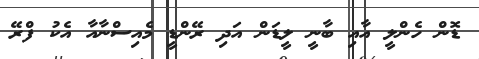
ޑޮން ހެންލީ އާއި ބާނީ ލީޑަން އަދި ރޭންޑީ މެއިސްނާއާ އެކު ފްރޭ